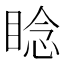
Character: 𬑛